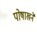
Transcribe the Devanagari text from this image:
पोषाखने